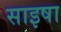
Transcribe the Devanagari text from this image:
साइषा